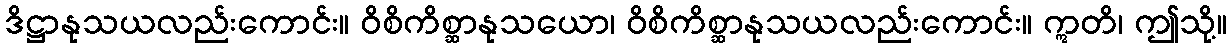
ဒိဋ္ဌာနုသယလည်းကောင်း။ ဝိစိကိစ္ဆာနုသယော၊ ဝိစိကိစ္ဆာနုသယလည်းကောင်း။ ဣတိ၊ ဤသို့။